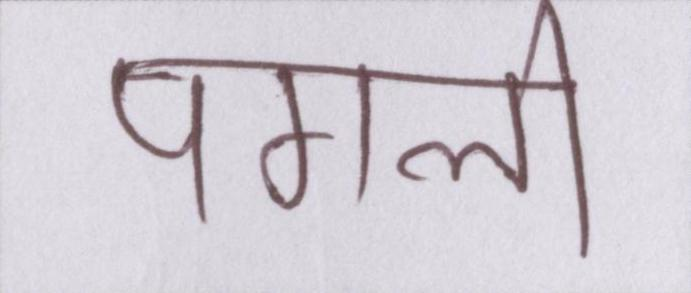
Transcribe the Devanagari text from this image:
पगली